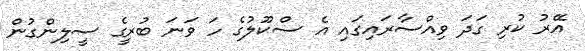
އޭރު ކުރި ގަދަ ވިއްސާރައިގައި އެ ސްކޫލުގެ ހަ ވަނަ ބުރީގެ ސީލިންގުން